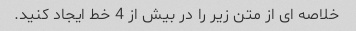
خلاصه ای از متن زیر را در بیش از 4 خط ایجاد کنید.